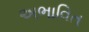
અભાવિત